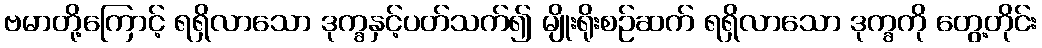
ဗမာတို့ကြောင့် ရရှိလာသော ဒုက္ခနှင့်ပတ်သက်၍ မျိုးရိုးစဉ်ဆက် ရရှိလာသော ဒုက္ခကို တွေ့တိုင်း